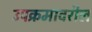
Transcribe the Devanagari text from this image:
उपक्रमावरील